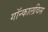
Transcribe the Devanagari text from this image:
गॉन्कालविस